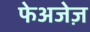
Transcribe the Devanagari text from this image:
फेअजेज़